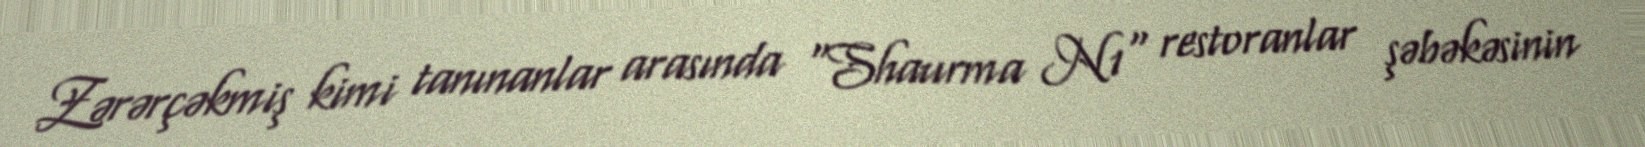
Zərərçəkmiş kimi tanınanlar arasında "Shaurma N1" restoranlar şəbəkəsinin